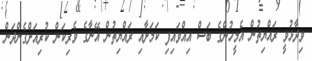
ވިދާޅުވީ ރައްޔިތުން އެމީހުންގެ ބަސް އިއްވައިފި ކަމަށާއި ރައްޔިތުން އޭނާގެ ވެރިކަން ކުރިއަށްގެންދަން